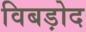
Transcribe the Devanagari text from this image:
विबड़ोद